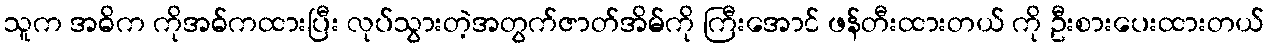
သူက အဓိက ကိုအဓ်ကထားပြီး လုပ်သွားတဲ့အတွက်ဇာတ်အိမ်ကို ကြီးအောင် ဖန်တီးထားတယ် ကို ဦးစားပေးထားတယ်